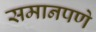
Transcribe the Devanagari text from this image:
समानपणे